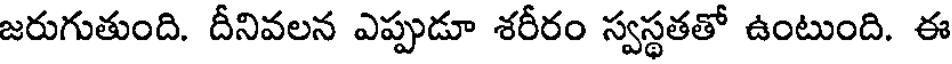
జరుగుతుంది. దీనివలన ఎప్పుడూ శరీరం స్వస్థతతో ఉంటుంది. ఈ